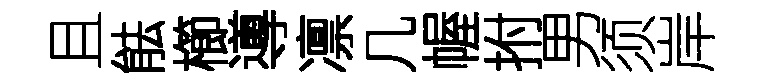
且䏻櫛導凛几幄拊男须岸